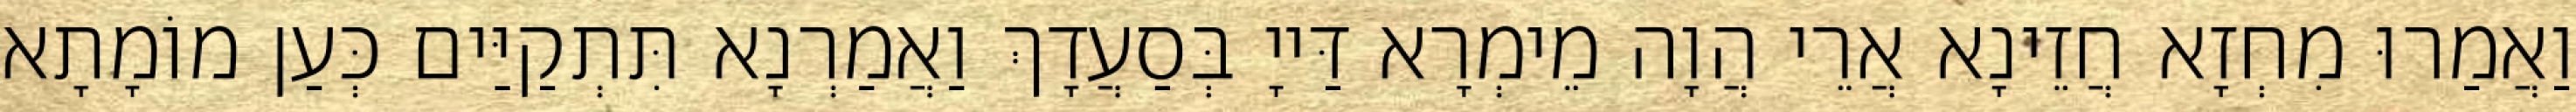
וַאֲמַרוּ מִחְזָא חֲזֵינָא אֲרֵי הֲוָה מֵימְרָא דַּייָ בְּסַעֲדָךְ וַאֲמַרְנָא תִּתְקַיַּים כְּעַן מוֹמָתָא